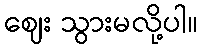
ဈေး သွားမလို့ပါ။